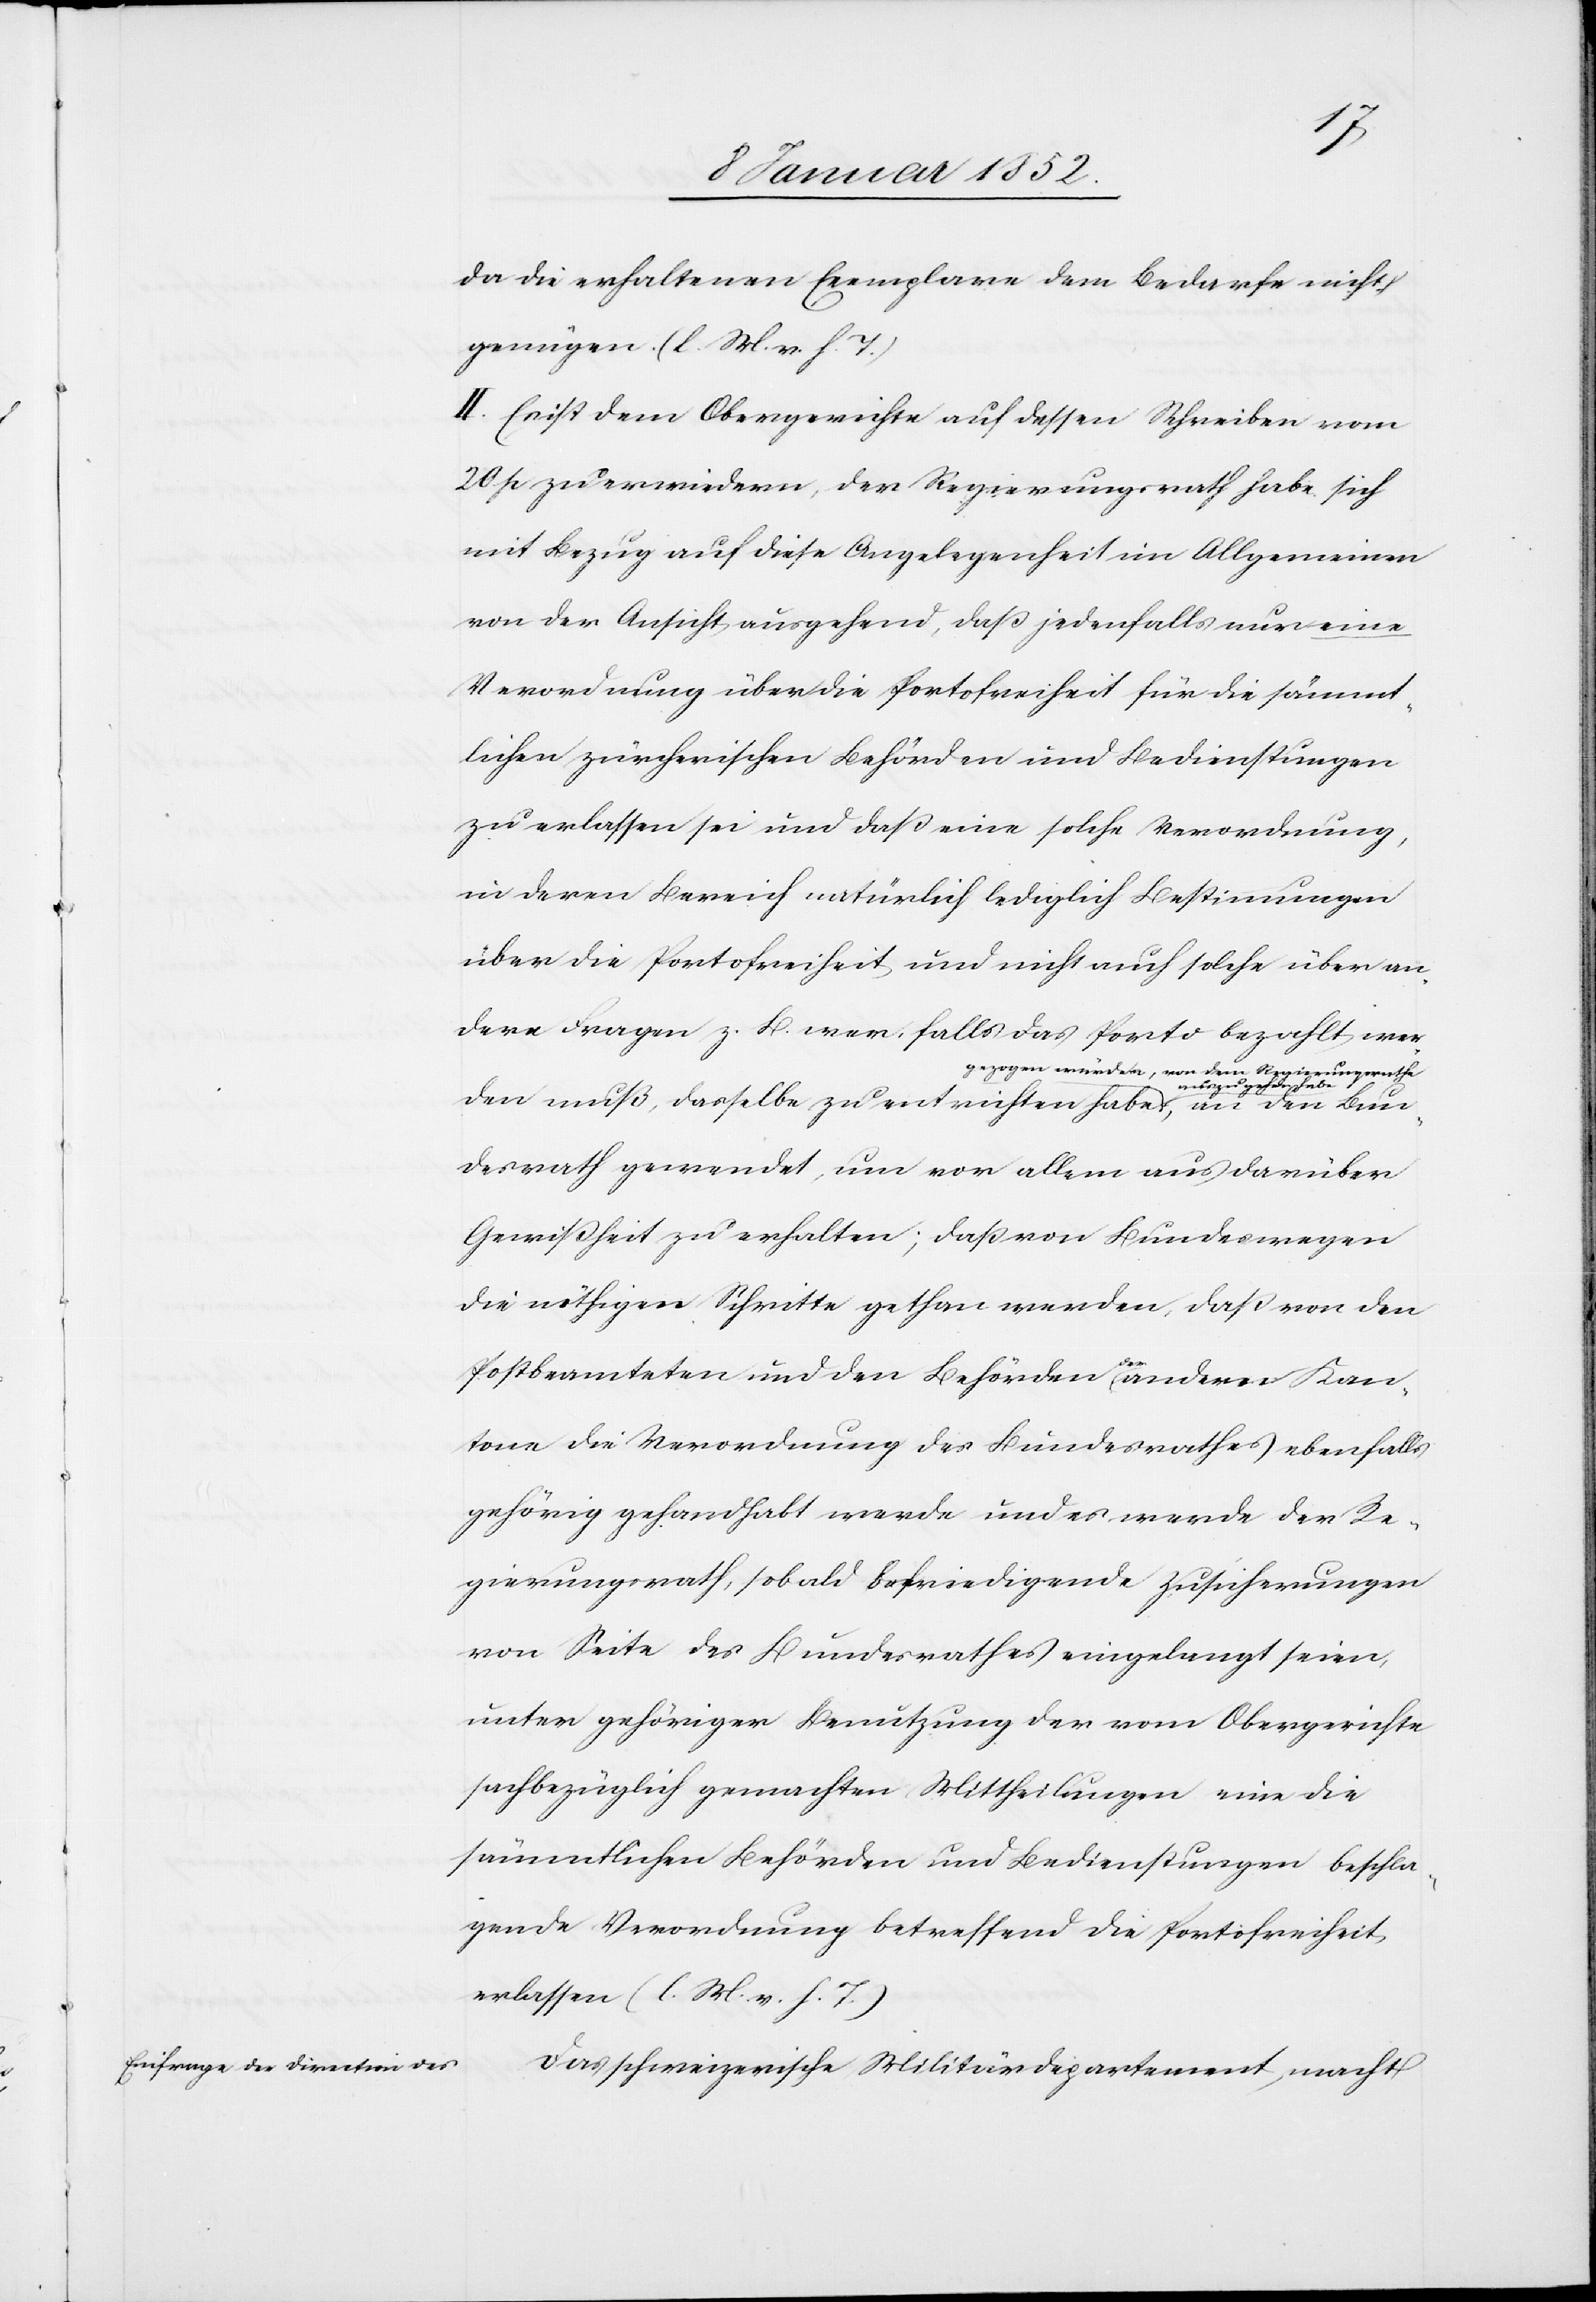
da die erhaltenen Exemplare dem Bedarfe nicht
genügen. (l. M. v. h. T.)
II. Es ist dem Obergerichte auf dessen Schreiben vom
20 p zu erwiedern, der Regierungsrath habe sich
mit Bezug auf diese Angelegenheit im Allgemeinen
von der Ansicht ausgehend, daß jedenfalls nur eine
Verordnung über die Portofreiheit für die sämmt¬
lichen zürcherischen Behörden und Bedienstungen
zu erlassen sei und daß eine solche Verordnung,
in deren Bereich natürlich lediglich Bestimmungen
über die Portofreiheit und nicht auch solche über an¬
dere Fragen z. B. wer falls das Porto bezahlt wer¬
ungsrathe
auszugehen
Bun¬
den muß, dasselbe zu entrichten habe, a-gezogen wür¬
desrath gewendet um vor allem aus darüber
Gewißheit zu erhalten; daß von Bundeswegen
die nöthigen Schritte gethan werden, daß von den
Postbeamteten und den Behörden (ändern Kan¬
tone die Verordnung des Bundesrathes) ebenfalls
gehörig gehandhabt werde und es werde der Re¬
gierungsrath, sobald befriedigende Zusicherungen
von Seite des Bundesrathes eingelangt seien,
unter gehöriger Benutzung der vom Obergerichte
sachbezüglich gemachten Mittheilungen eine die
sämmtlichen Behörden und Bedienstungen beschla¬
gende Verordnung betreffend die Portofreiheit
erlassen (l. M. v. h. T.)[.]
Das schweizerische Militärdepartement macht